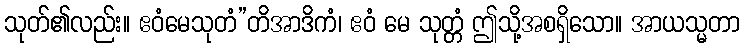
သုတ်၏လည်း။ ဧဝံမေသုတံ”တိအာဒိကံ၊ ဧဝံ မေ သုတ္တံ ဤသို့အစရှိသော။ အာယသ္မတာ